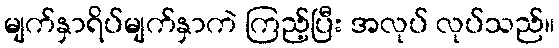
မျက်နှာရိပ်မျက်နှာကဲ ကြည့်ပြီး အလုပ် လုပ်သည်။